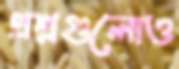
প্রশ্নগুলোও